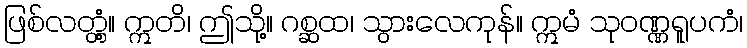
ဖြစ်လတ္တံ့။ ဣတိ၊ ဤသို့။ ဂစ္ဆထ၊ သွားလေကုန်။ ဣမံ သုဝဏ္ဏရူပကံ၊